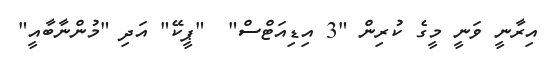
އިރާނީ ވަނީ މީގެ ކުރިން "3 އިޑިއަޓްސް"  "ޕީކޭ" އަދި "މުންނާބާއީ"